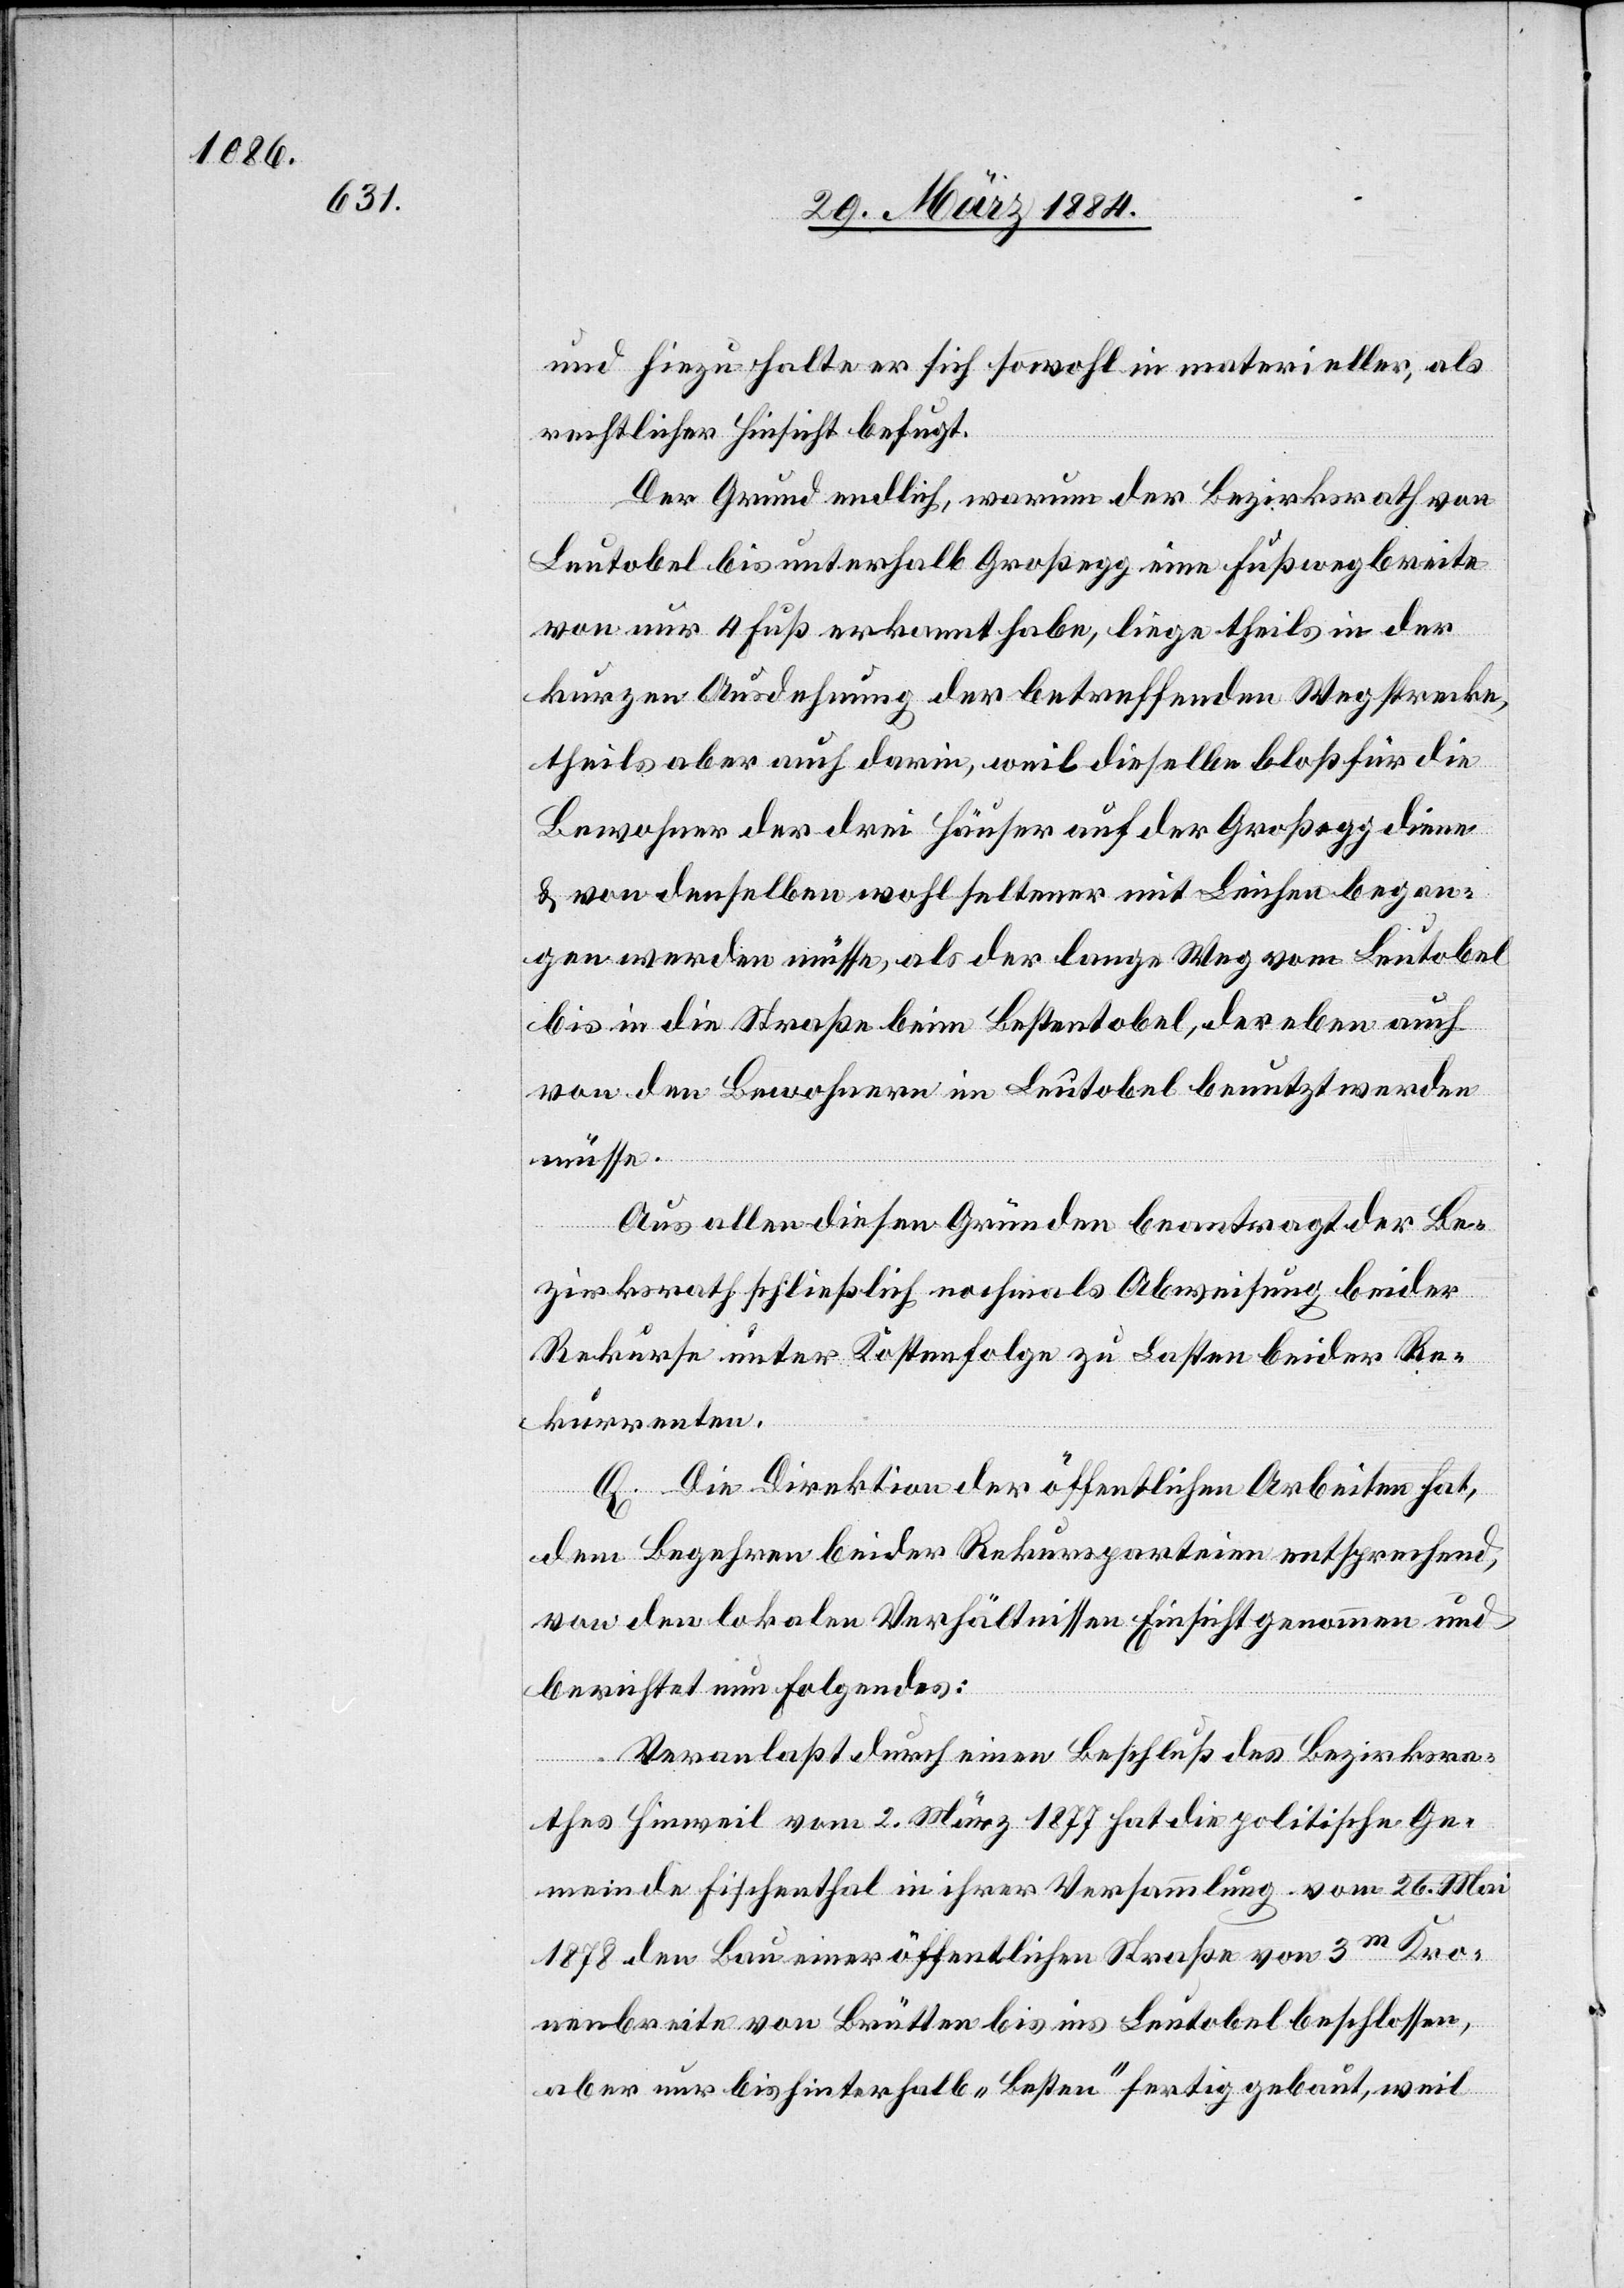
und hiezu halte er sich sowohl in materieller, als
rechtlicher Hinsicht befugt.
Der Grund endlich, warum der Bezirksrath von
Leutobel bis unterhalb Großegg eine Fußwegbreite
von nur 4 Fuß erkannt habe, liege theils in der
kurzen Ausdehnung der betreffenden Wegstrecke,
theils aber auch darin, weil dieselbe bloß für die
Bewohner der drei Häuser auf der Großegg diene
& von denselben wohl seltener mit Leichen began¬
gen werden müsse, als der lange Weg vom Leutobel
bis in die Straße beim Bestentobel, der eben auch
von den Bewohnern in Leutobel benutzt werden
müsse.
Aus allen diesen Gründen beantrage der Be¬
zirksrath schließlich nochmals Abweisung beider
Rekurse unter Kostenfolge zu Lasten beider Re¬
kurrenten.
Q. Die Direktion der öffentlichen Arbeiten hat,
dem Begehren beider Rekursparteien entsprechend,
von den lokalen Verhältnissen Einsicht genommen und
berichtet nun Folgendes:
Veranlaßt durch einen Beschluß des Bezirksra¬
thes Hinweil vom 2. März 1877 hat die politische Ge¬
meinde Fischenthal in ihrer Versammlung vom 26. Mai
1878 den Bau einer öffentlichen Straße von 3m Kro¬
nenbreite von Brütten bis ins Leutobel beschlossen,
aber nur bis hinterhalb „Besten“ fertig gebaut, weil